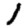
Digit: 1